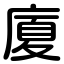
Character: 廈